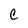
Character: C